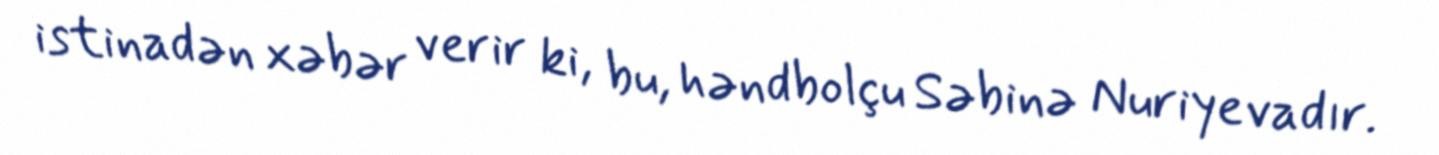
istinadən xəbər verir ki, bu, həndbolçu Səbinə Nuriyevadır.